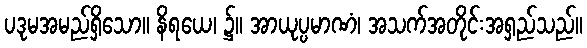
ပဒုမအမည်ရှိသော။ နိရယေ၊ ၌။ အာယုပ္ပမာဏံ၊ အသက်အတိုင်းအရှည်သည်။